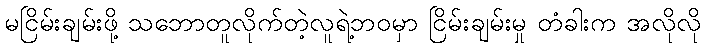
မငြိမ်းချမ်းဖို့ သဘောတူလိုက်တဲ့လူရဲ့ဘဝမှာ ငြိမ်းချမ်းမှု တံခါးက အလိုလို